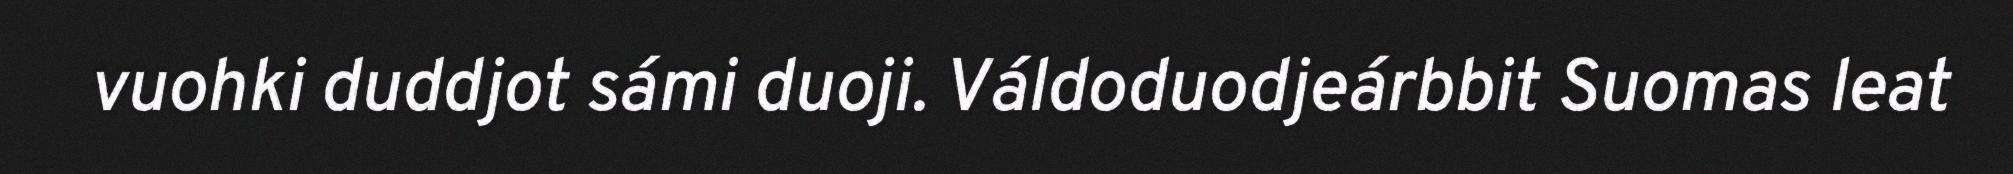
vuohki duddjot sámi duoji. Váldoduodjeárbbit Suomas leat